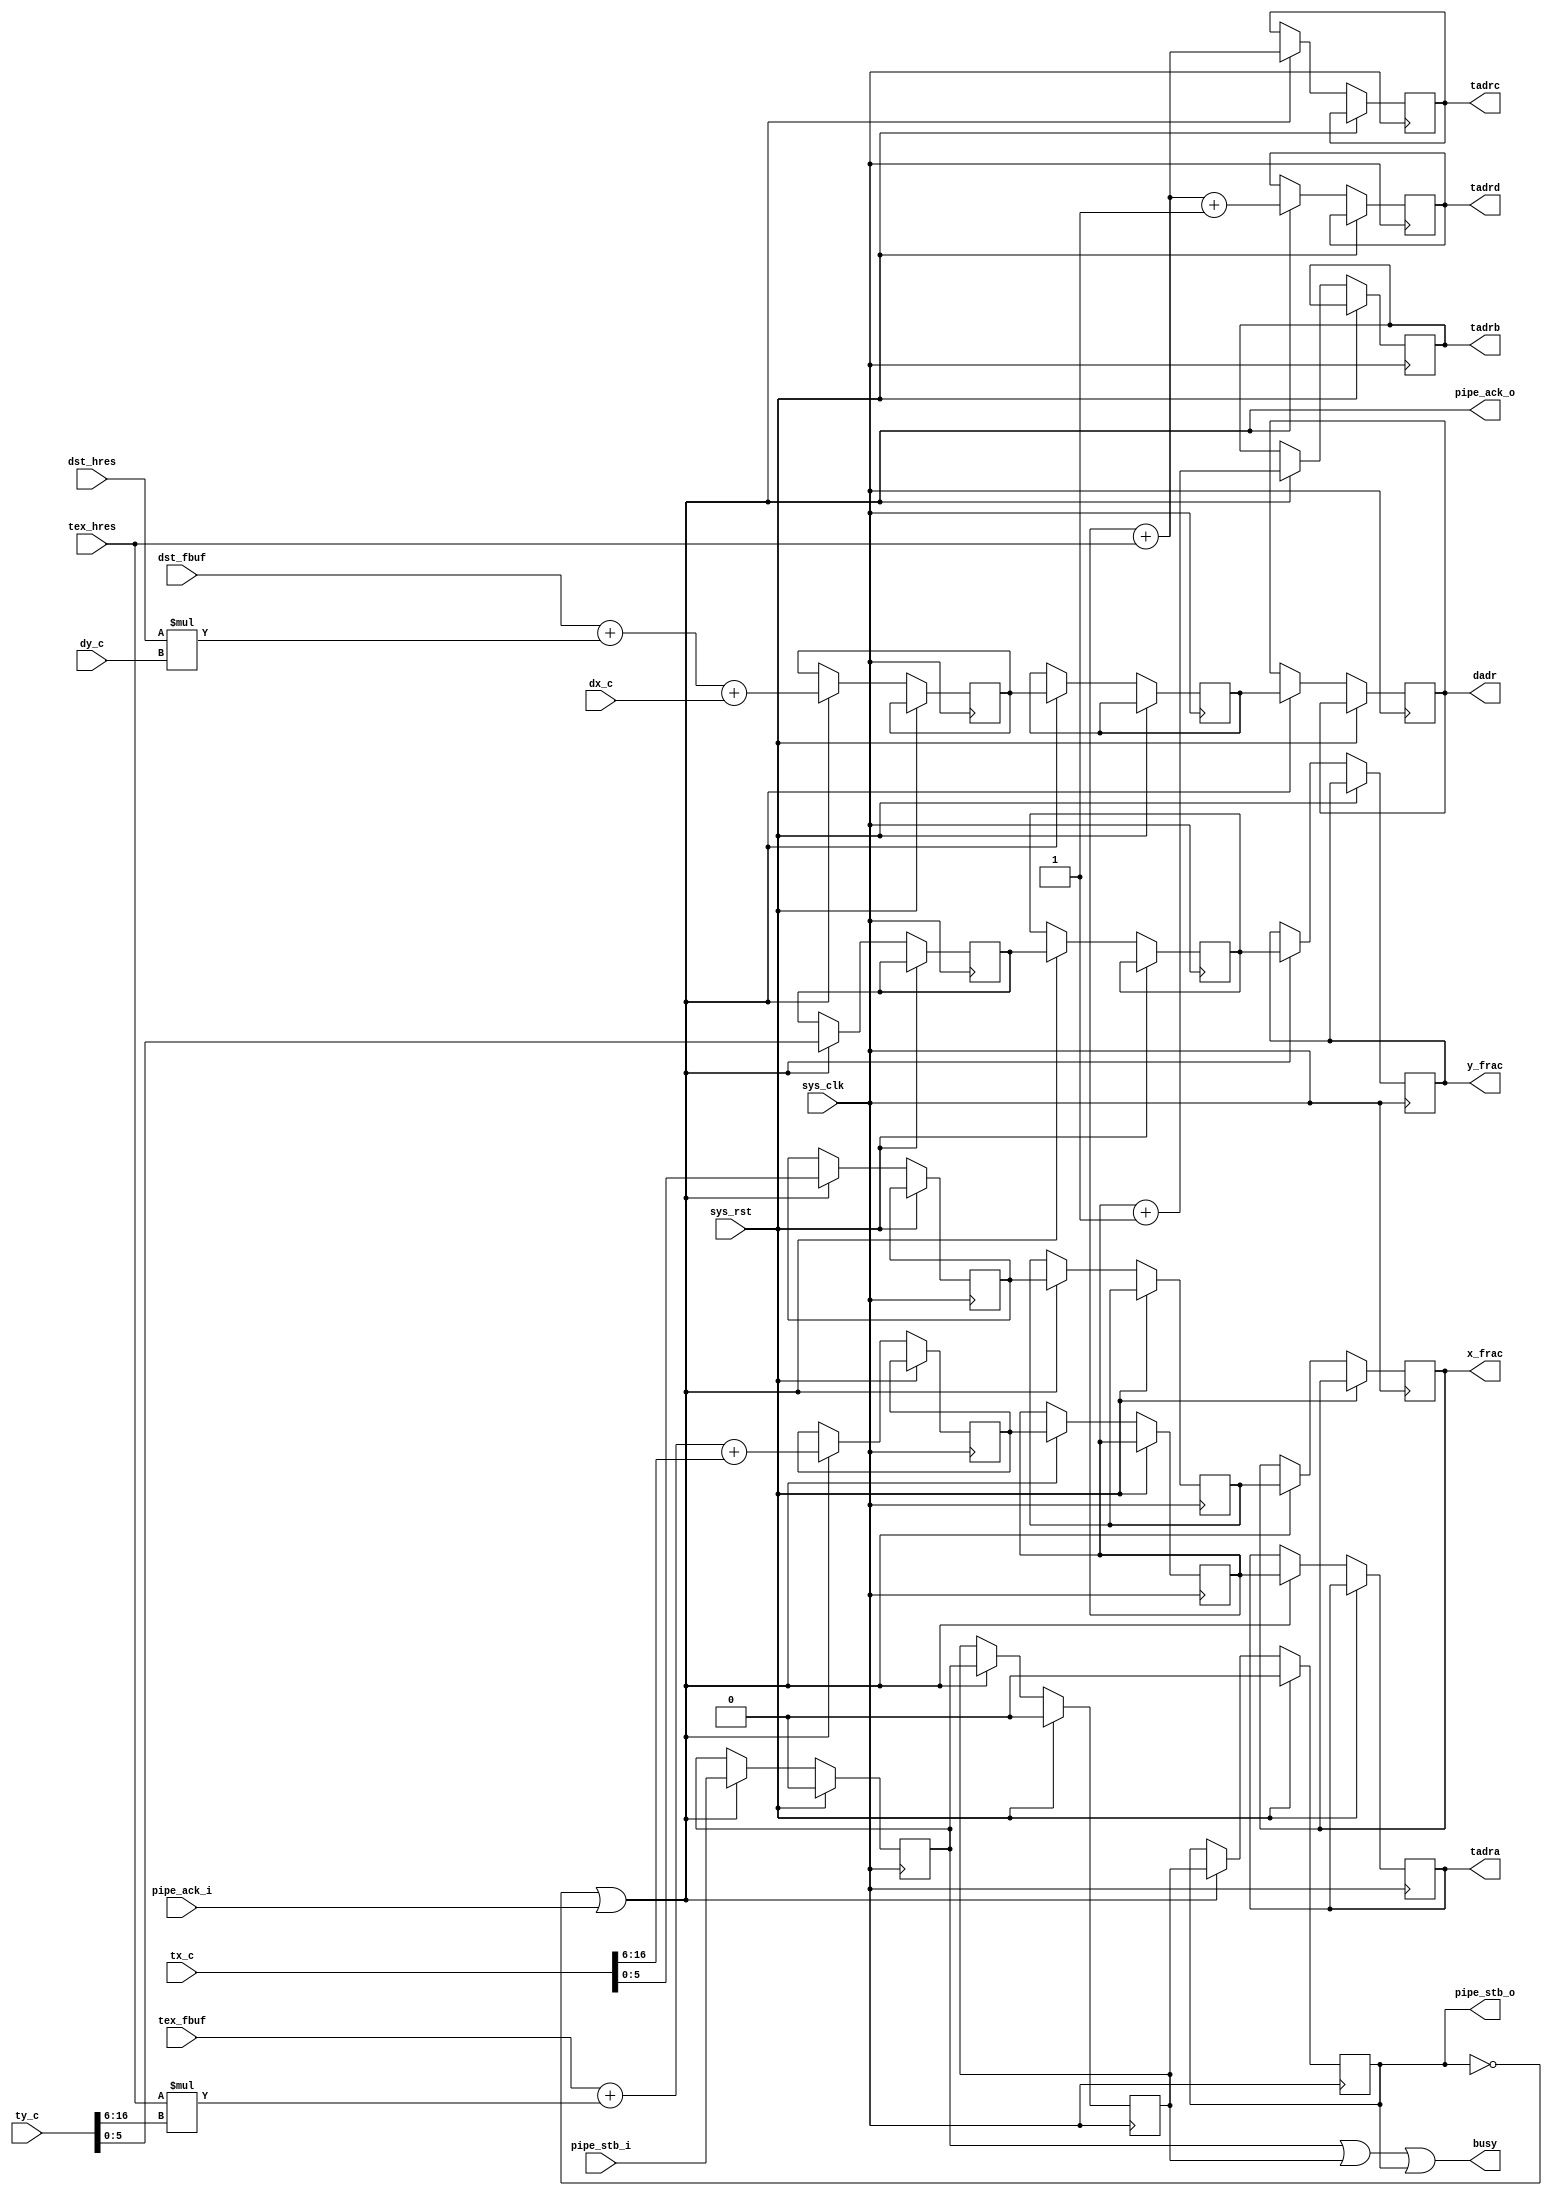
module tmu2_adrgen #(
	parameter fml_depth = 26
) (
	input sys_clk,
	input sys_rst,

	output busy,

	input pipe_stb_i,
	output pipe_ack_o,
	input [10:0] dx_c,
	input [10:0] dy_c,
	input [16:0] tx_c,
	input [16:0] ty_c,

	input [fml_depth-1-1:0] dst_fbuf, /* in 16-bit words */
	input [10:0] dst_hres,
	input [fml_depth-1-1:0] tex_fbuf, /* in 16-bit words */
	input [10:0] tex_hres,

	output pipe_stb_o,
	input pipe_ack_i,
	output [fml_depth-1-1:0] dadr, /* in 16-bit words */
	output [fml_depth-1-1:0] tadra,
	output [fml_depth-1-1:0] tadrb,
	output [fml_depth-1-1:0] tadrc,
	output [fml_depth-1-1:0] tadrd,
	output [5:0] x_frac,
	output [5:0] y_frac
);

/* Arithmetic pipeline. Enable signal is shared to ease usage of hard macros. */

wire pipe_en;

reg valid_1;
reg [fml_depth-1-1:0] dadr_1;
reg [fml_depth-1-1:0] tadra_1;
reg [5:0] x_frac_1;
reg [5:0] y_frac_1;

reg valid_2;
reg [fml_depth-1-1:0] dadr_2;
reg [fml_depth-1-1:0] tadra_2;
reg [5:0] x_frac_2;
reg [5:0] y_frac_2;

reg valid_3;
reg [fml_depth-1-1:0] dadr_3;
reg [fml_depth-1-1:0] tadra_3;
reg [fml_depth-1-1:0] tadrb_3;
reg [fml_depth-1-1:0] tadrc_3;
reg [fml_depth-1-1:0] tadrd_3;
reg [5:0] x_frac_3;
reg [5:0] y_frac_3;

always @(posedge sys_clk) begin
	if(sys_rst) begin
		valid_1 <= 1'b0;
		valid_2 <= 1'b0;
		valid_3 <= 1'b0;
	end else if(pipe_en) begin
		valid_1 <= pipe_stb_i;
		dadr_1 <= dst_fbuf + dst_hres*dy_c + dx_c;
		tadra_1 <= tex_fbuf + tex_hres*ty_c[16:6] + tx_c[16:6];
		x_frac_1 <= tx_c[5:0];
		y_frac_1 <= ty_c[5:0];

		valid_2 <= valid_1;
		dadr_2 <= dadr_1;
		tadra_2 <= tadra_1;
		x_frac_2 <= x_frac_1;
		y_frac_2 <= y_frac_1;

		valid_3 <= valid_2;
		dadr_3 <= dadr_2;
		tadra_3 <= tadra_2;
		tadrb_3 <= tadra_2 + 1'd1;
		tadrc_3 <= tadra_2 + tex_hres;
		tadrd_3 <= tadra_2 + tex_hres + 1'd1;
		x_frac_3 <= x_frac_2;
		y_frac_3 <= y_frac_2;
	end
end

/* Glue logic */

assign pipe_stb_o = valid_3;
assign dadr = dadr_3;
assign tadra = tadra_3;
assign tadrb = tadrb_3;
assign tadrc = tadrc_3;
assign tadrd = tadrd_3;
assign x_frac = x_frac_3;
assign y_frac = y_frac_3;

assign pipe_en = ~valid_3 | pipe_ack_i;
assign pipe_ack_o = ~valid_3 | pipe_ack_i;

assign busy = valid_1 | valid_2 | valid_3;

endmodule